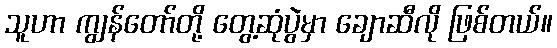
သူဟာ ကျွန်တော်တို့ တွေ့ဆုံပွဲမှာ ချောဆီလို ဖြစ်တယ်။